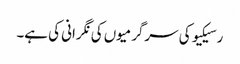
رسیکیو کی سرگرمیوں کی نگرانی کی ہے۔